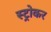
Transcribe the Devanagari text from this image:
स्ट्रोकर